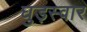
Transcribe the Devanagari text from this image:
घुड़स्वार